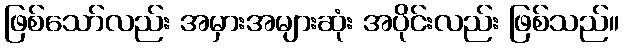
ဖြစ်သော်လည်း အမှားအများဆုံး အပိုင်းလည်း ဖြစ်သည်။